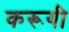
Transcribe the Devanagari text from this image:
करूगी